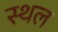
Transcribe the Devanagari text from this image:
स्थल